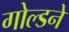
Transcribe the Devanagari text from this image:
गोल्डने